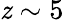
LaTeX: \mathit{z}\sim5